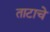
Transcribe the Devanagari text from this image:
ताटाचे